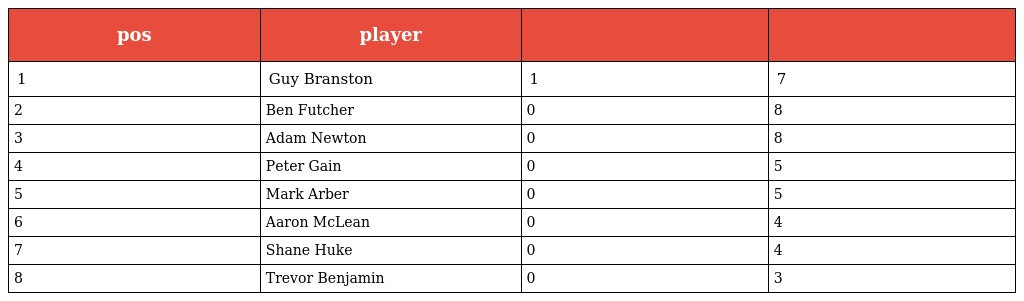
| pos | player |  |  |
 | --- | --- | --- | --- |
 | 1 | Guy Branston | 1 | 7 |
 | 2 | Ben Futcher | 0 | 8 |
 | 3 | Adam Newton | 0 | 8 |
 | 4 | Peter Gain | 0 | 5 |
 | 5 | Mark Arber | 0 | 5 |
 | 6 | Aaron McLean | 0 | 4 |
 | 7 | Shane Huke | 0 | 4 |
 | 8 | Trevor Benjamin | 0 | 3 |